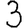
Digit: 3